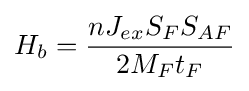
H_{b}={\frac {nJ_{ex}S_{F}S_{AF}}{2M_{F}t_{F}}}